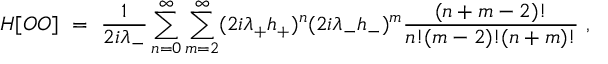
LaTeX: H [ O O ] \ = \ \frac { 1 } { 2 i \lambda _ { - } } \sum _ { n = 0 } ^ { \infty } \sum _ { m = 2 } ^ { \infty } ( 2 i \lambda _ { + } h _ { + } ) ^ { n } ( 2 i \lambda _ { - } h _ { - } ) ^ { m } \frac { ( n + m - 2 ) ! } { n ! ( m - 2 ) ! ( n + m ) ! } \ ,